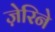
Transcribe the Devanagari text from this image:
ज़ेरिने